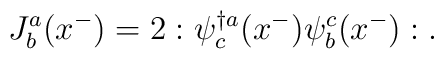
J^a_b(x^-)=2:\psi^{\dagger a}_c(x^-)\psi^c_b(x^-):.